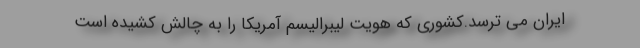
ایران می ترسد.کشوری که هویت لیبرالیسم آمریکا را به چالش کشیده است